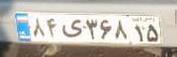
۸۴ی۳۶۸۱۵